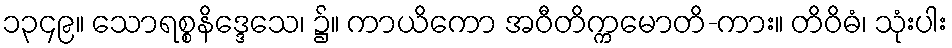
၁၃၄၉။ သောရစ္စနိဒ္ဒေသေ၊ ၌။ ကာယိကော အဝီတိက္ကမောတိ-ကား။ တိဝိဓံ၊ သုံးပါး